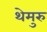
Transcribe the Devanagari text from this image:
थेमुरु